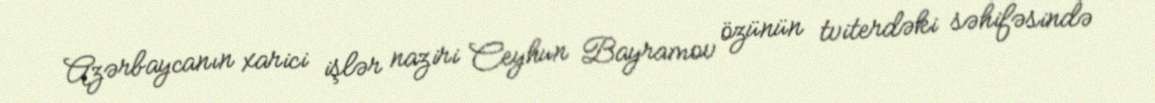
Azərbaycanın xarici işlər naziri Ceyhun Bayramov özünün tviterdəki səhifəsində